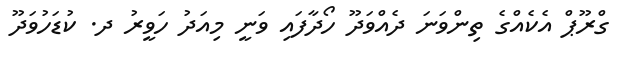
ގްރޫޕް އެކެއްގެ ތިންވަނަ ދެއްވަދޫ ހޯދާފައި ވަނީ މިއަދު ހަވީރު ދ. ކުޑަހުވަދޫ